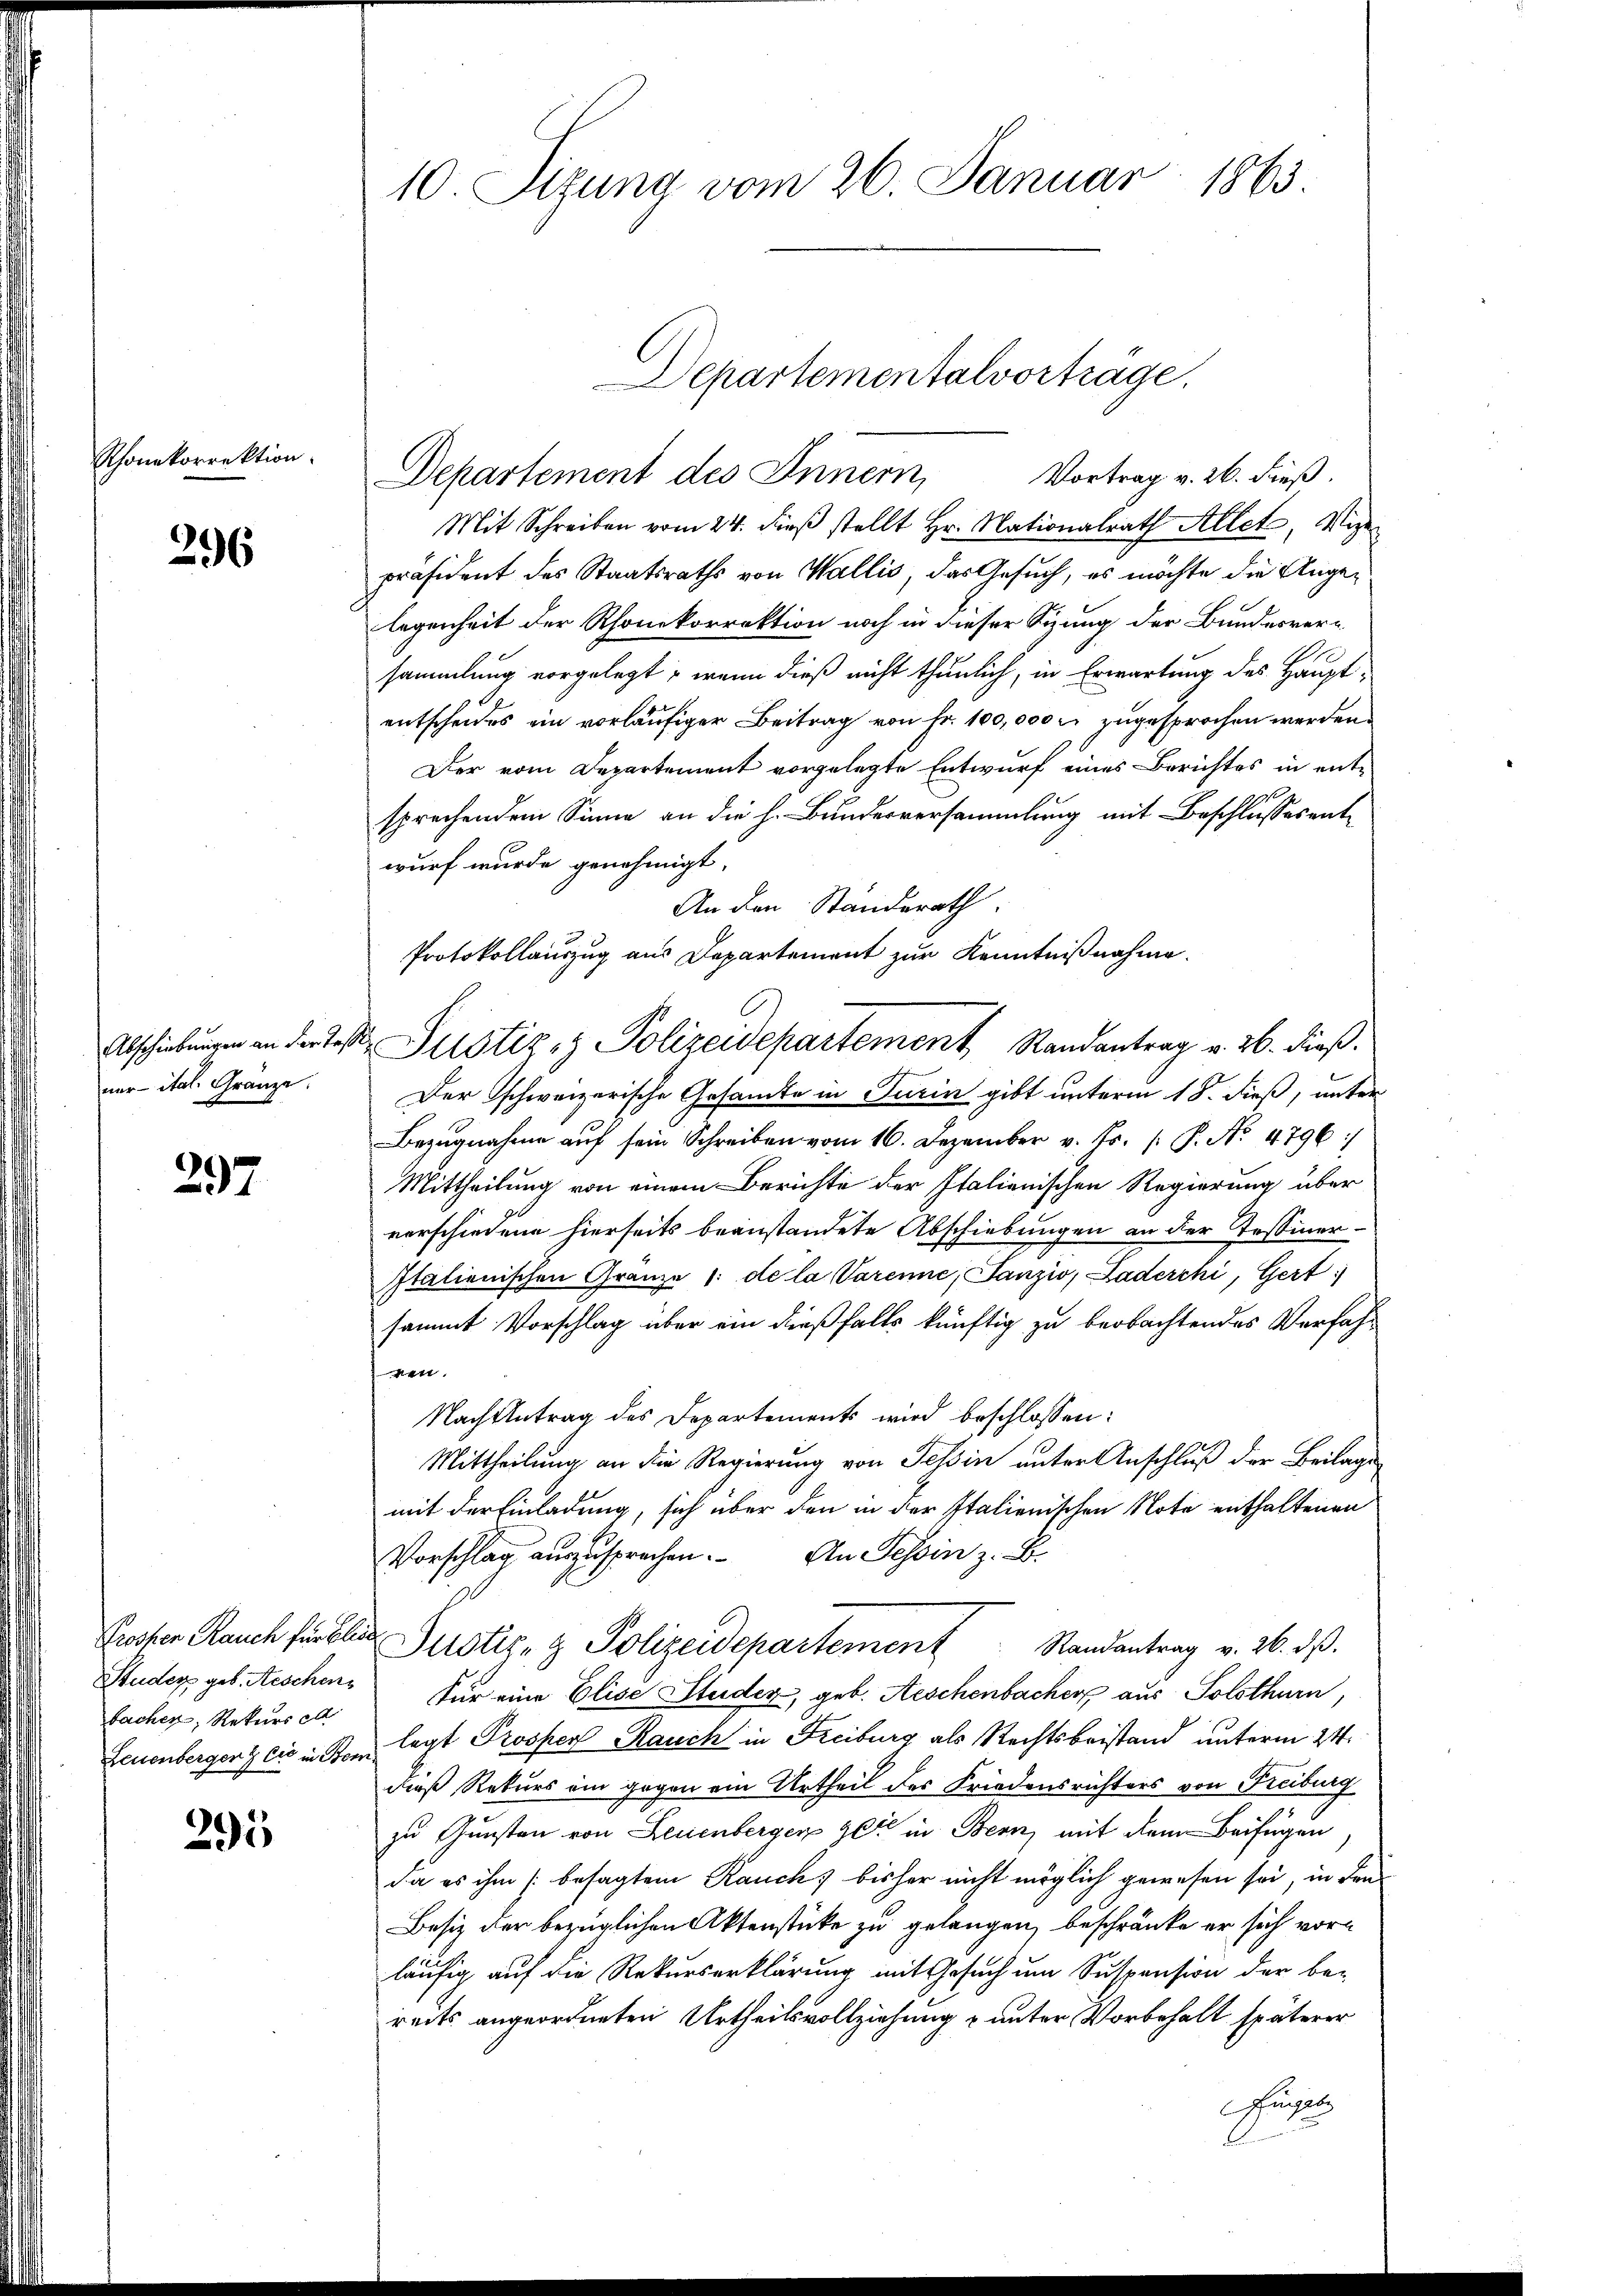
Rhonekorrektion.

296

Abschiebungen an der Tes-
ner ital. Gränze.

297

Studen geb. Aeschen
bachen, Rekurs et
Leuenberger & Cie in Ber

295

10. Sizung vom 26. Januar 1863

Departementalvorträge.

u Justiz & Polizeidepartement Randantrag v. 26. dieß.

Departement des Innern, Vortrag v. 26. dieβ.
Mit Schreiben vom 24. dieß stellt Hr. Nationalrath Allet, Vize
präsident des Staatsraths von Wallis, das Gesuch, es möchte die Angelegenheit der Rhonkorrektion noch in dieser Sizung der Bundesver-
sammlung vorgelegt, wenn dieß nicht thunlich, in Erwartung des Hauptentscheides ein vorläufiger Beitrag von Fr. 100,000 r. zugesprochen werden.
Der vom Departement vorgelegte Entwurf eines Berichtes in entsprechendem Sinne an die h. Bundesversammlung mit Beschlussesentwurf wurde genehmigt.
An den Standerath
Protokollauszug aus Departement zur Kenntnißnahme.
Der schweizerische Gesamte in Turin gibt unterm 18. dieß, unter
Bezugnahme auf sein Schreiben vom 16. Dezember v. Js. /: P. No 4796:/
Mittheilung von einem Berichte der Italienischen Regierung über
verschiedene hierseits beanstandete Abschiebungen an der Tessiner¬
Italienischen Gränz(...). de la Varenne, Tanzis, Laderchi, Gert
sammt Vorschlag über ein dießfalls künftig zu beobachtendes Verfahen
Nachantrag des Departements wird beschlossen:
Mittheilung an die Regierung von Tessin unter Anschluß der Beilage
mit der Einladung, sich über den in der Italienischen Note enthaltenen
Vorschlag auszusprechen. An Tessin z. B.
Prosher Rauch für blie Justiz- & Polizeidchartement
Randantrag v. 26. dβ.
für eine Elise Studer, geb. Aeschenbacher aus Solothurn,
legt Prosper Rauch in Freiburg als Rechtsbeistand unterm 24.
dieß Rekurs ein gegen ein Urtheil des Friedensrichters von Freiburg
zu Gunsten von Leuenberger 90 in Bern, mit dem Beifügen
da es ihm /: besagtem Rauch bisher nicht möglich gewesen sei, in den
Besiz der bezüglichen Aktenstüke zu gelangen, beschränke er sich vorläufig auf die Rekurserklärung mit Gesuch um Suspension der bereits angeordneten Urtheilsvollziehung & unter Vorbehalt späterer
Suches